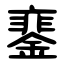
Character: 䥆